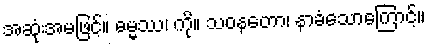
အဆုံးအမဖြင့်။ ဓမ္မဿ၊ ကို။ သဝနတော၊ နာခံသောကြောင့်။